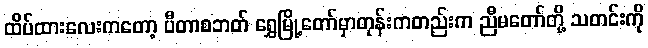
ထိပ်ထားလေးကတော့ ပီတာစဘတ် ရွှေမြို့တော်မှာတုန်းကတည်းက ညီမတော်တို့ သတင်းကို